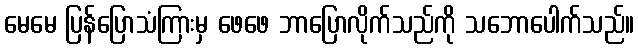
မေမေ ပြန်ပြောသံကြားမှ ဖေဖေ ဘာပြောလိုက်သည်ကို သဘောပေါက်သည်။